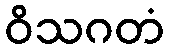
ဝိသဂတံ